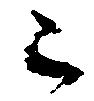
已